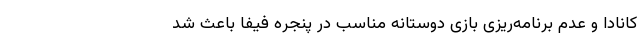
کانادا و عدم برنامه‌ریزی بازی دوستانه مناسب در پنجره فیفا باعث شد